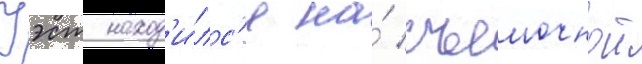
Уэст наход'и́лс'я на́ съемочнои